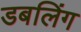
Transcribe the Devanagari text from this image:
डबलिंग